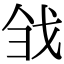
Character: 𢦳